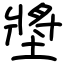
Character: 墏